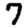
Digit: 7